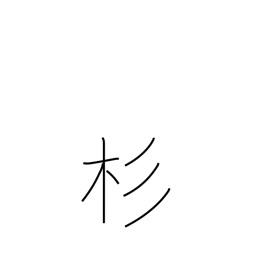
Meaning: cryptomeria